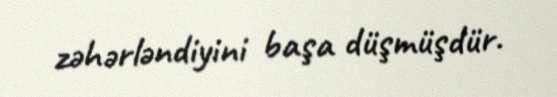
zəhərləndiyini başa düşmüşdür.